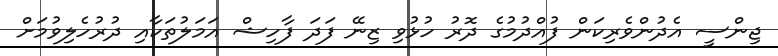
ޖިންސީ އެދުންވެރިކަން ފުއްދުމުގެ ދޮރު ހުޅުވި ޒިނޭ ފަދަ ފާހިޝް އަމަލުތަކާއި ދުރުހެލިވުމަށް